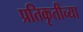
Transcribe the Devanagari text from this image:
प्रतिकृतीच्या